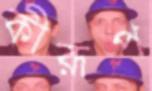
কীরূপ